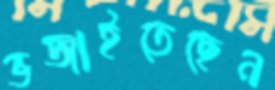
ভজাইতেছেন